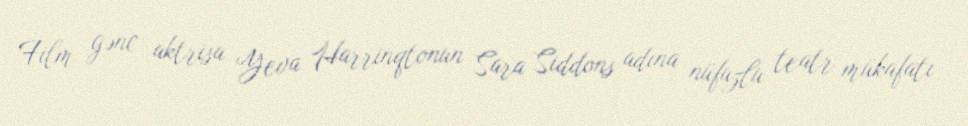
Film gənc aktrisa Yeva Harrinqtonun Sara Siddons adına nüfuzlu teatr mükafatı